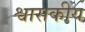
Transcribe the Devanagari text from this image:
श्वासकीय